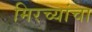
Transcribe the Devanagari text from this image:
मिरच्यांचा